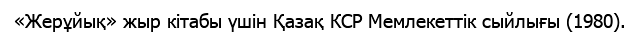
«Жерұйық» жыр кітабы үшін Қазақ КСР Мемлекеттік сыйлығы (1980).